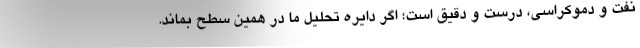
نفت و دموکراسی، درست و دقیق است؛ اگر دایره تحلیل ما در همین سطح بماند.